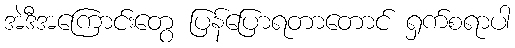
အဲဒီအကြောင်းတွေ ပြန်ပြောရတာတောင် ရှက်စရာပါ